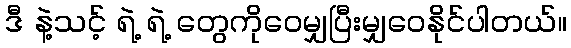
ဒီ နဲ့သင့် ရဲ့ ရဲ့ တွေကိုဝေမျှပြီးမျှဝေနိုင်ပါတယ်။